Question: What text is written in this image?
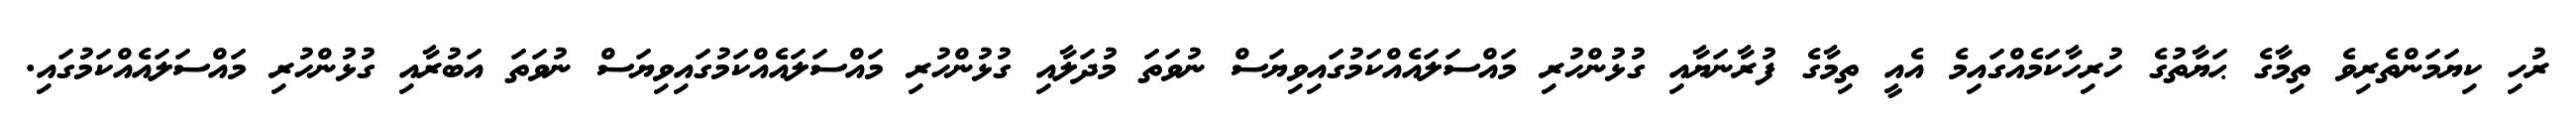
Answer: ރުހި ކިޔަމަންތެރިވެ ތިމާގެ ޙަޔާތުގެ ހުރިހާކަމެއްގައިމެ އެއީ ތިމާގެ ފުރާނަޔާއި ގުޅުންހުރި މައްސަލައެއްކަމުގައިވިޔަސް ނުވަތަ މުދަލާއި ގުޅުންހުރި މައްސަލައެއްކަމުގައިވިޔަސް ނުވަތަ އަބުރާއި ގުޅުންހުރި މައްސަލައެއްކަމުގައި.